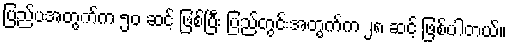
ပြည်ပအတွက်က ၅၀ ဆင့် ဖြစ်ပြီး ပြည်တွင်းအတွက်က ၂၈ ဆင့် ဖြစ်ပါတယ်။